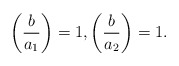
\begin{align*}\left( \frac{b}{a_1} \right)=1, \left( \frac{b}{a_2} \right)=1.\end{align*}